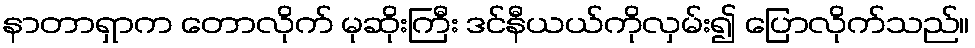
နာတာရှာက တောလိုက် မုဆိုးကြီး ဒင်နီယယ်ကိုလှမ်း၍ ပြောလိုက်သည်။